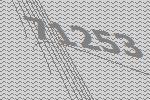
71253